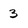
Character: 3